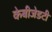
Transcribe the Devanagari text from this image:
केबीजेडटी